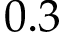
0 . 3